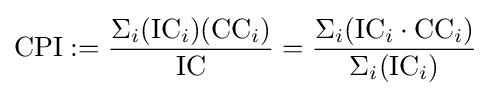
\mathrm {CPI} :={\frac {\Sigma _{i}(\mathrm {IC} _{i})(\mathrm {CC} _{i})}{\mathrm {IC} }}={\frac {\Sigma _{i}(\mathrm {IC} _{i}\cdot \mathrm {CC} _{i})}{\Sigma _{i}(\mathrm {IC} _{i})}}